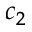
c _ { 2 }